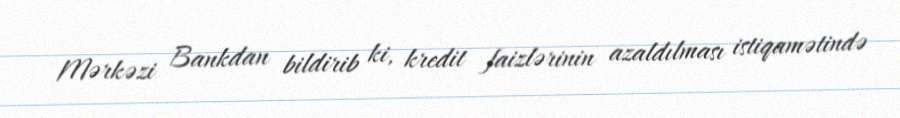
Mərkəzi Bankdan bildirib ki, kredit faizlərinin azaldılması istiqamətində